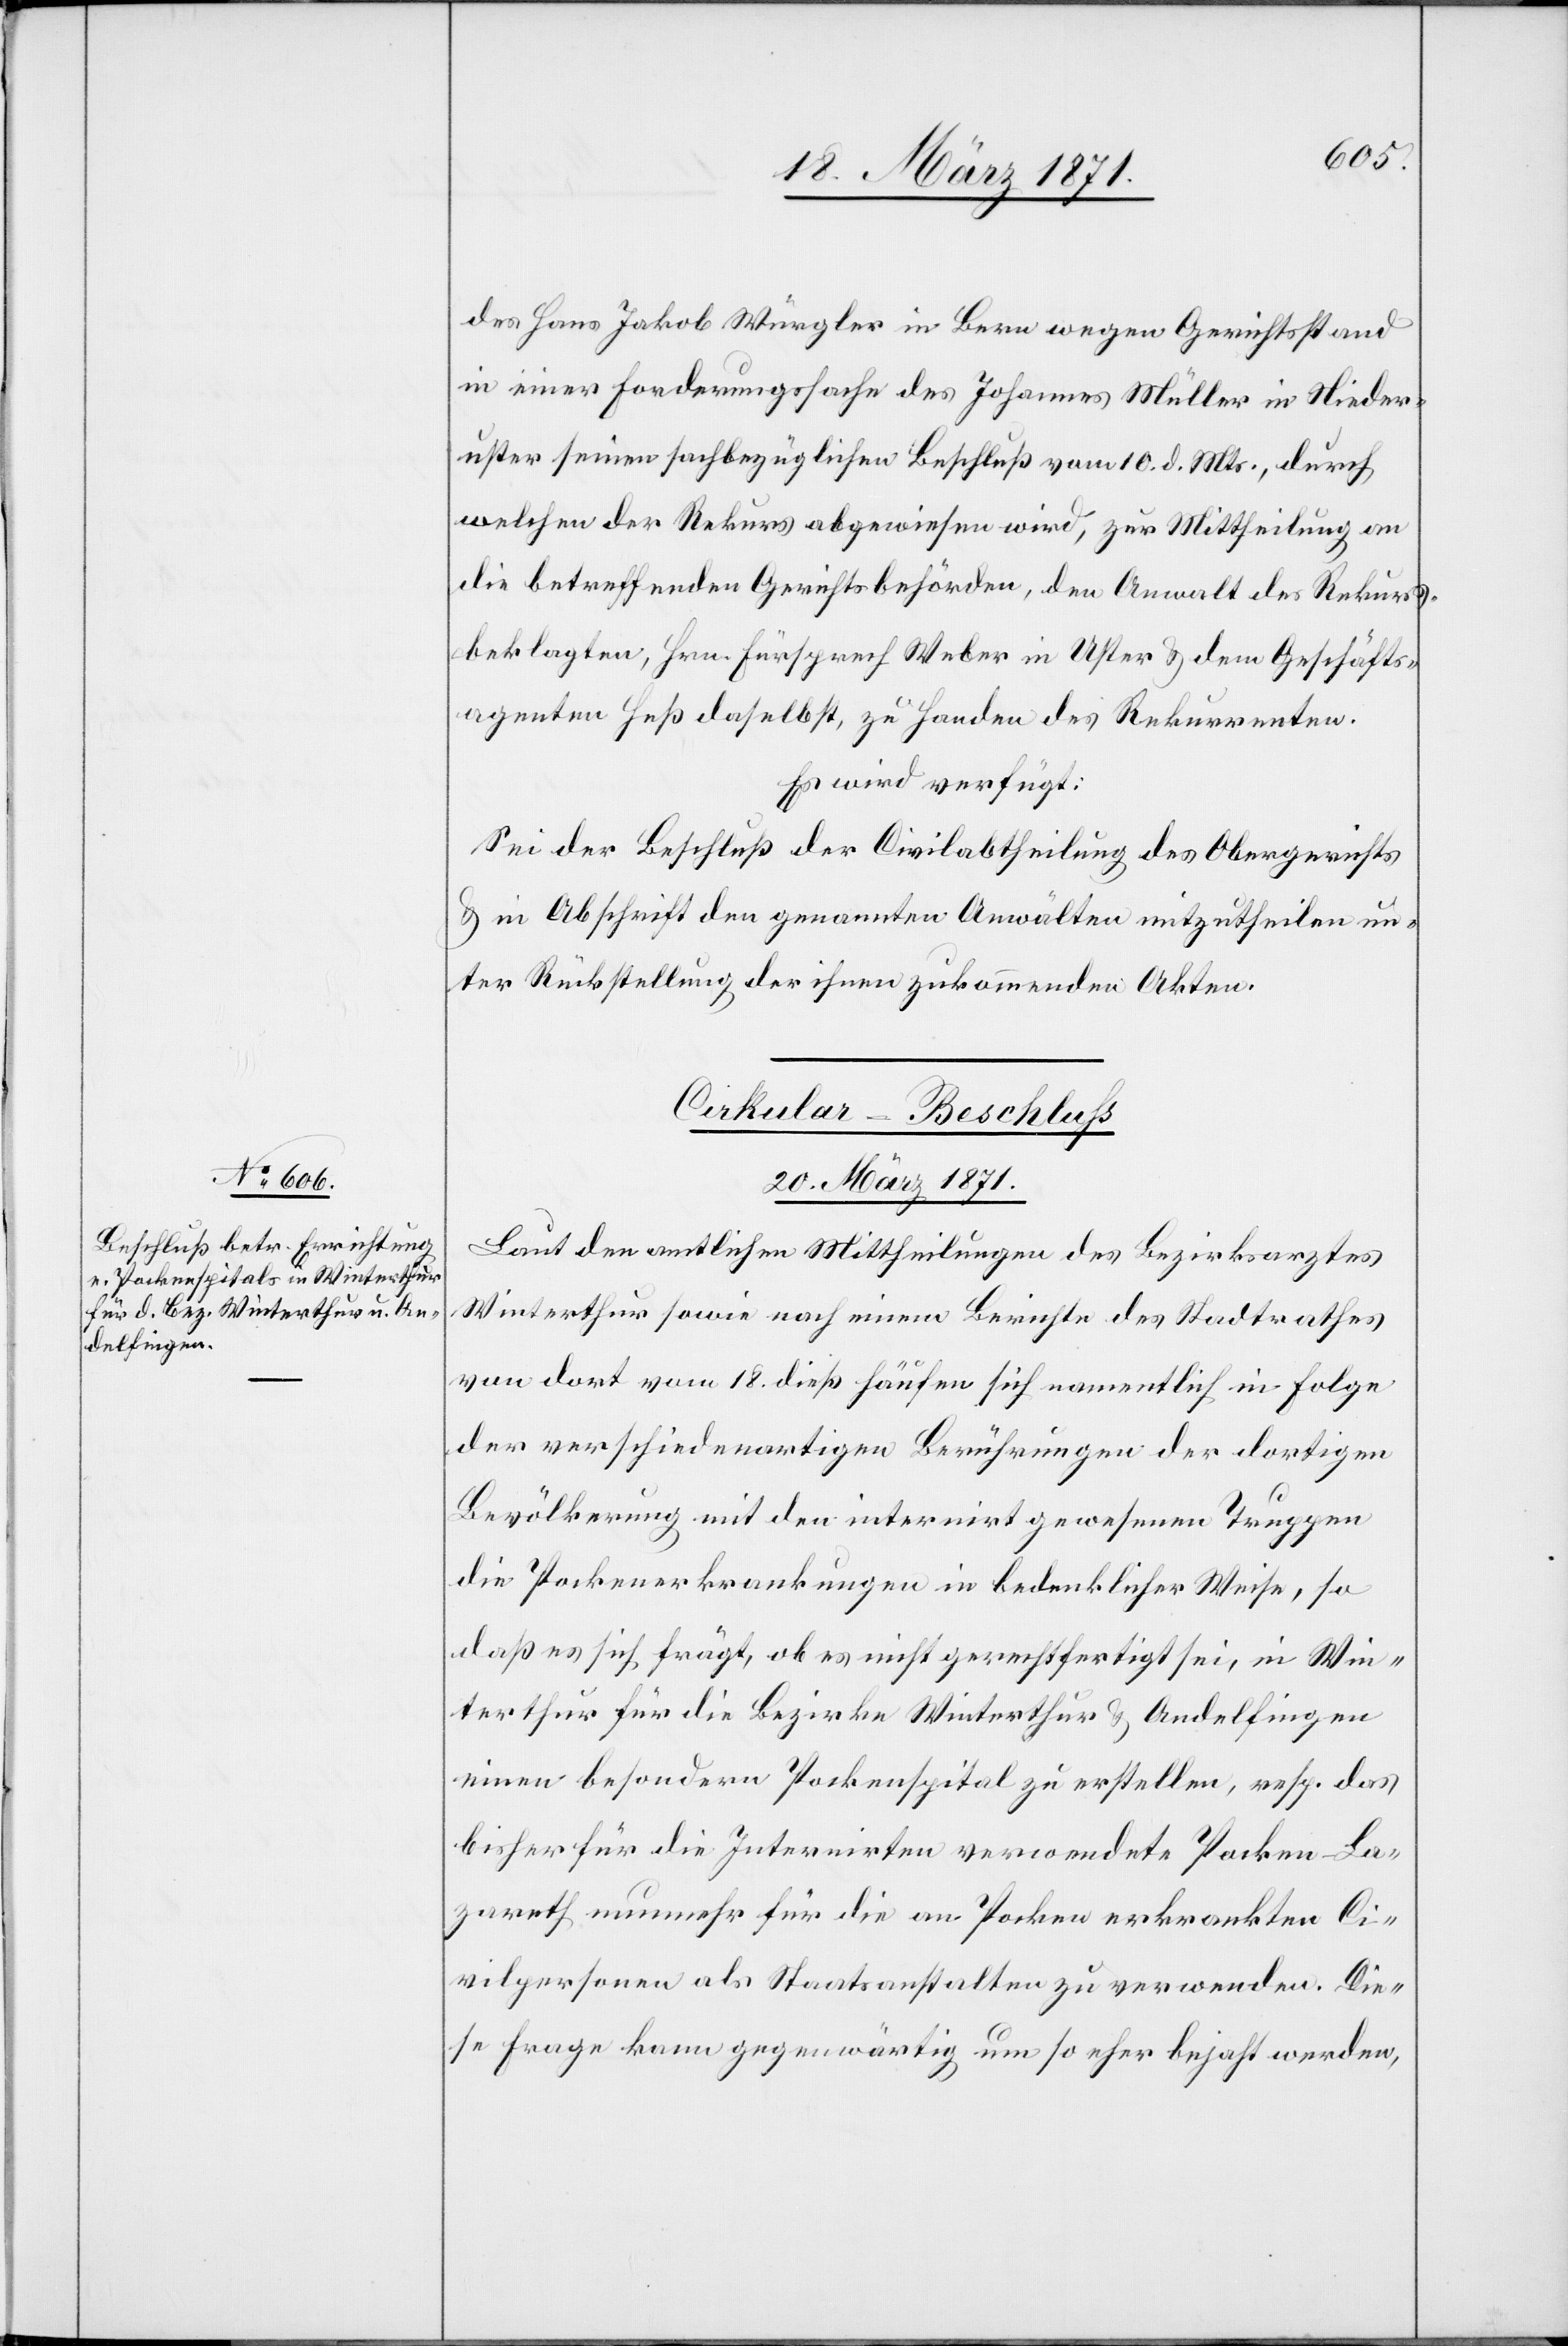
des Hans Jakob Würgler in Bern wegen Gerichtsstand
in einer Forderungssache des Johannes Müller in Nieder¬
uster seinen sachbezüglichen Beschluß vom 10. d. Mts., durch
welchen der Rekurs abgewiesen wird, zur Mittheilung an
die betreffenden Gerichtsbehörden, den Anwalt des Rekurs¬
beklagten, Hrn. Fürsprech Weber in Uster u. dem Geschäfts¬
agenten Heß daselbst, zu Handen des Rekurrenten.
Es wird verfügt:
Sei der Beschluß der Civilabtheilung des Obergerichts
u. in Abschrift den genannten Anwälten mitzutheilen un¬
ter Rückstellung der ihnen zukommenden Akten.
Cirkula¬
r-Beschluß
20. März 1871.
Laut den amtlichen Mittheilungen des Bezirksarztes
Winterthur sowie nach einem Berichte des Stadtrathes
von dort vom 18. dieß häufen sich namentlich in Folge
der verschiedenartigen Berührungen der dortigen
Bevölkerung mit den internirt gewesenen Truppen
die Pockenerkrankungen in bedenklicher Weise, so
daß es sich frägt, ob es nicht gerechtfertigt sei, in Win¬
terthur für die Bezirke Winterthur u. Andelfingen
einen besondern Pockenspital zu erstellen, resp. das
bisher für die Internirten verwendete Pocken-La¬
zareth nunmehr für die an Pocken erkrankten Ci¬
vilpersonen als Staatsanstalten zu verwenden. Die¬
se Frage kann gegenwärtig um so eher bejaht werden